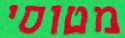
מטוסי